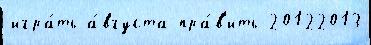
игра́ть а́вгуста пра́в'ить 20122013